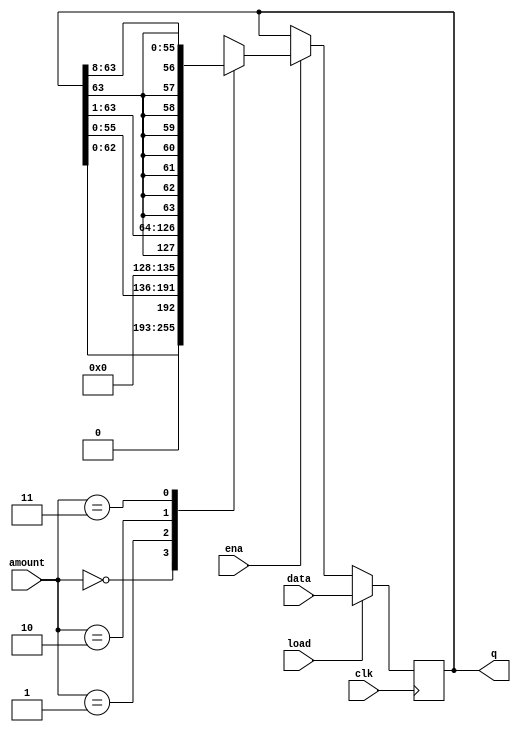
module top_module(
    input clk,
    input load,
    input ena,
    input [1:0] amount,
    input [63:0] data,
    output reg [63:0] q); 
    always @ (posedge clk) begin 
        if(load) begin
            q<= data;
        end
        else if (ena) begin
            //There is no difference between logical and arithmetic left shifts.
            //shidt right sign bit
            case(amount) 
                2'b00: q <={q[62:0],1'b0};  // shift left by 1 bit.
                2'b01: q <={q[55:0],8'b0};  //shift left by 8 bits.
                2'b10: q <={q[63],q[63:1]}; //shift right by 1 bit.
                2'b11: q <={{8{q[63]}},q[63:8]};  //shift right by 8 bits
                
            endcase
                    end
                    end
                
        
endmodule